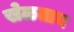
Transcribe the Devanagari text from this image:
खेळतान